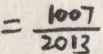
= \frac { 1 0 0 7 } { 2 0 1 3 }